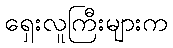
ရှေးလူကြီးများက